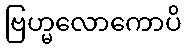
ဗြဟ္မလောကောပိ